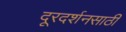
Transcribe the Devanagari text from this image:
दूरदर्शनसाठी